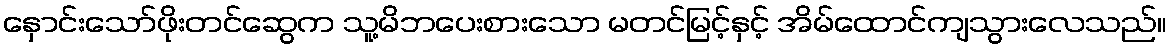
နှောင်းသော်ဖိုးတင်ဆွေက သူ့မိဘပေးစားသော မတင်မြင့်နှင့် အိမ်ထောင်ကျသွားလေသည်။